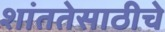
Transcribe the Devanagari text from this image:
शांततेसाठीचे